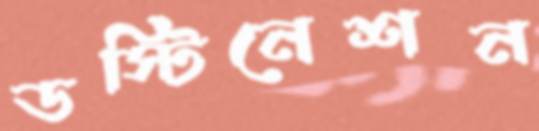
ডস্টিনেশন